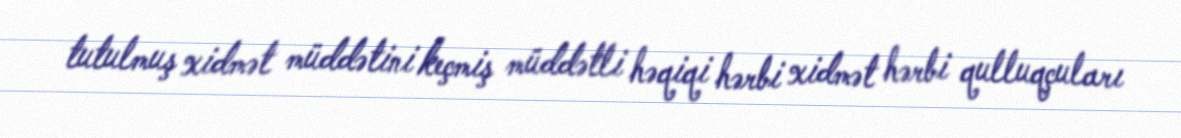
tutulmuş xidmət müddətini keçmiş müddətli həqiqi hərbi xidmət hərbi qulluqçuları